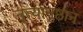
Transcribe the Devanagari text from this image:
नृत्यानुष्ठान